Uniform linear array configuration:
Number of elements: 8
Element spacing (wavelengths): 0.25
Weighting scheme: kaiser
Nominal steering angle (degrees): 30
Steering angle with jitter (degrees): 30.015
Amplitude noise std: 0.05
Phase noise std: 0.05

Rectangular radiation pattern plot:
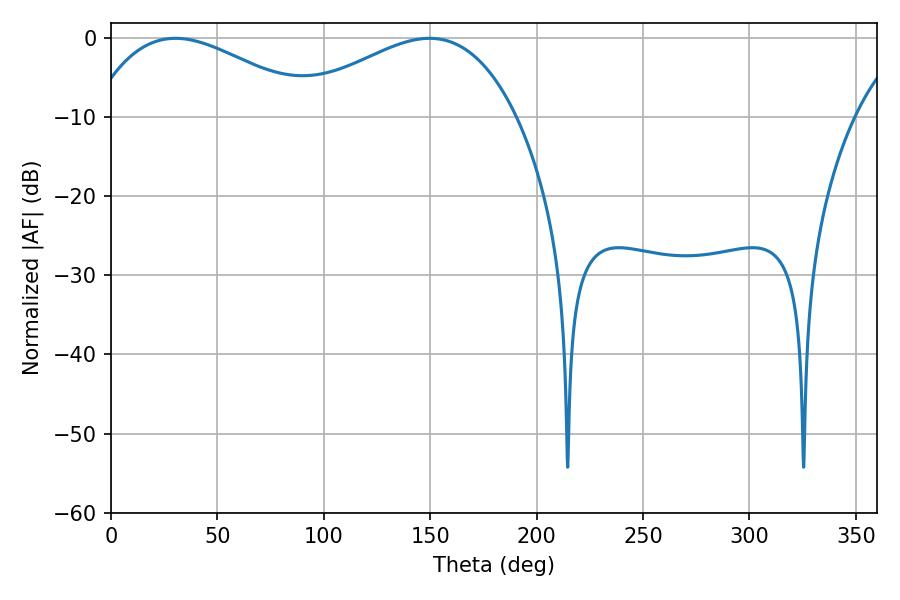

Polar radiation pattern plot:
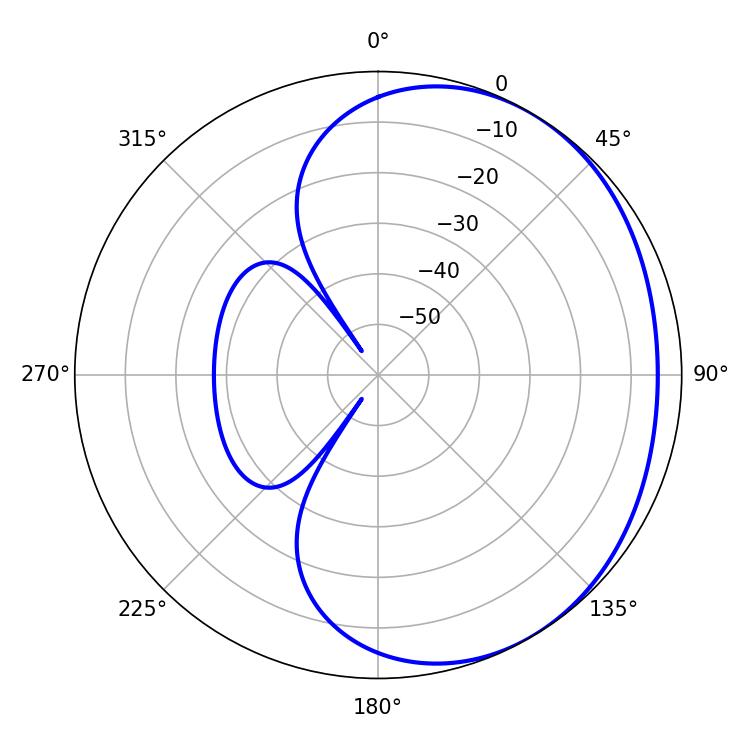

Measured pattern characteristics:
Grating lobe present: FALSE
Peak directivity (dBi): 2.188
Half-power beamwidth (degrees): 57.96
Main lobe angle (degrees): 30.24